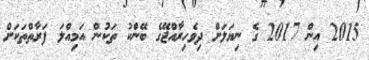
2015 އިން 2017 ގެ ނިޔަލަށް ދިވެހިރާއްޖޭގެ ބޭންކު ތަކުން އަމިއްލަ ފަރާތްތަކަށް